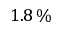
1 . 8 \, \%